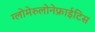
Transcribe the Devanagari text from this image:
ग्लोमेरुलोनेफ्राईटिस